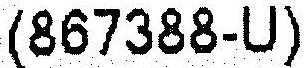
(867388-U)